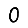
Digit: 0